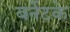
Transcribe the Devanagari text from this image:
बर्नेटके